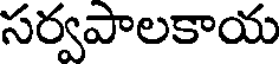
సర్వపాలకాయ